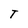
Character: T